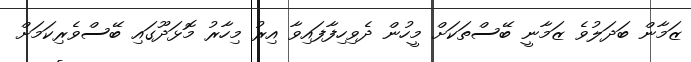
ޒަމާން ބަދަލުވެ ޒަމާނީ ބޭސްތަކަށް މީހުން ދެވިހިފާފައިވާ އިރު މިހާރު މޮޅަދޫގައި ބޭސްވެރިކަމަށް